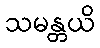
သမန္တယိ